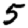
Digit: 5